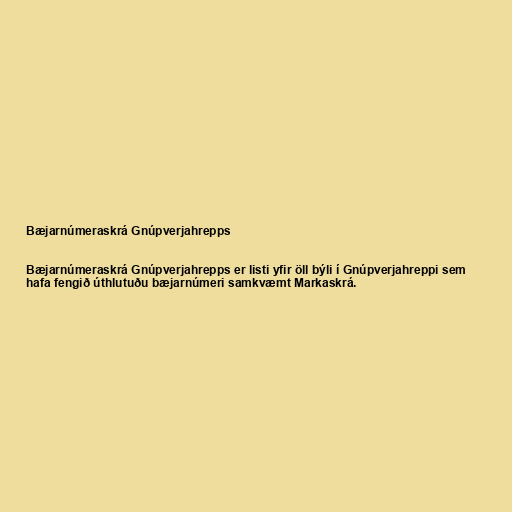
Bæjarnúmeraskrá Gnúpverjahrepps

Bæjarnúmeraskrá Gnúpverjahrepps er listi yfir öll býli í Gnúpverjahreppi sem
hafa fengið úthlutuðu bæjarnúmeri samkvæmt Markaskrá.